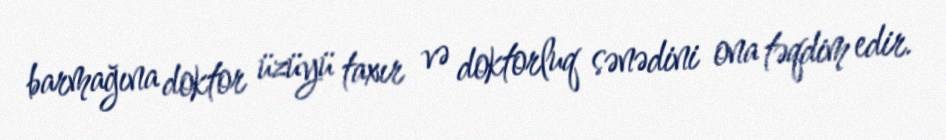
barmağına doktor üzüyü taxır və doktorluq sənədini ona təqdim edir.